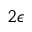
2 \epsilon